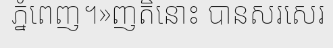
ភ្នំពេញ។»ញតិនោះ បានសរសេរ